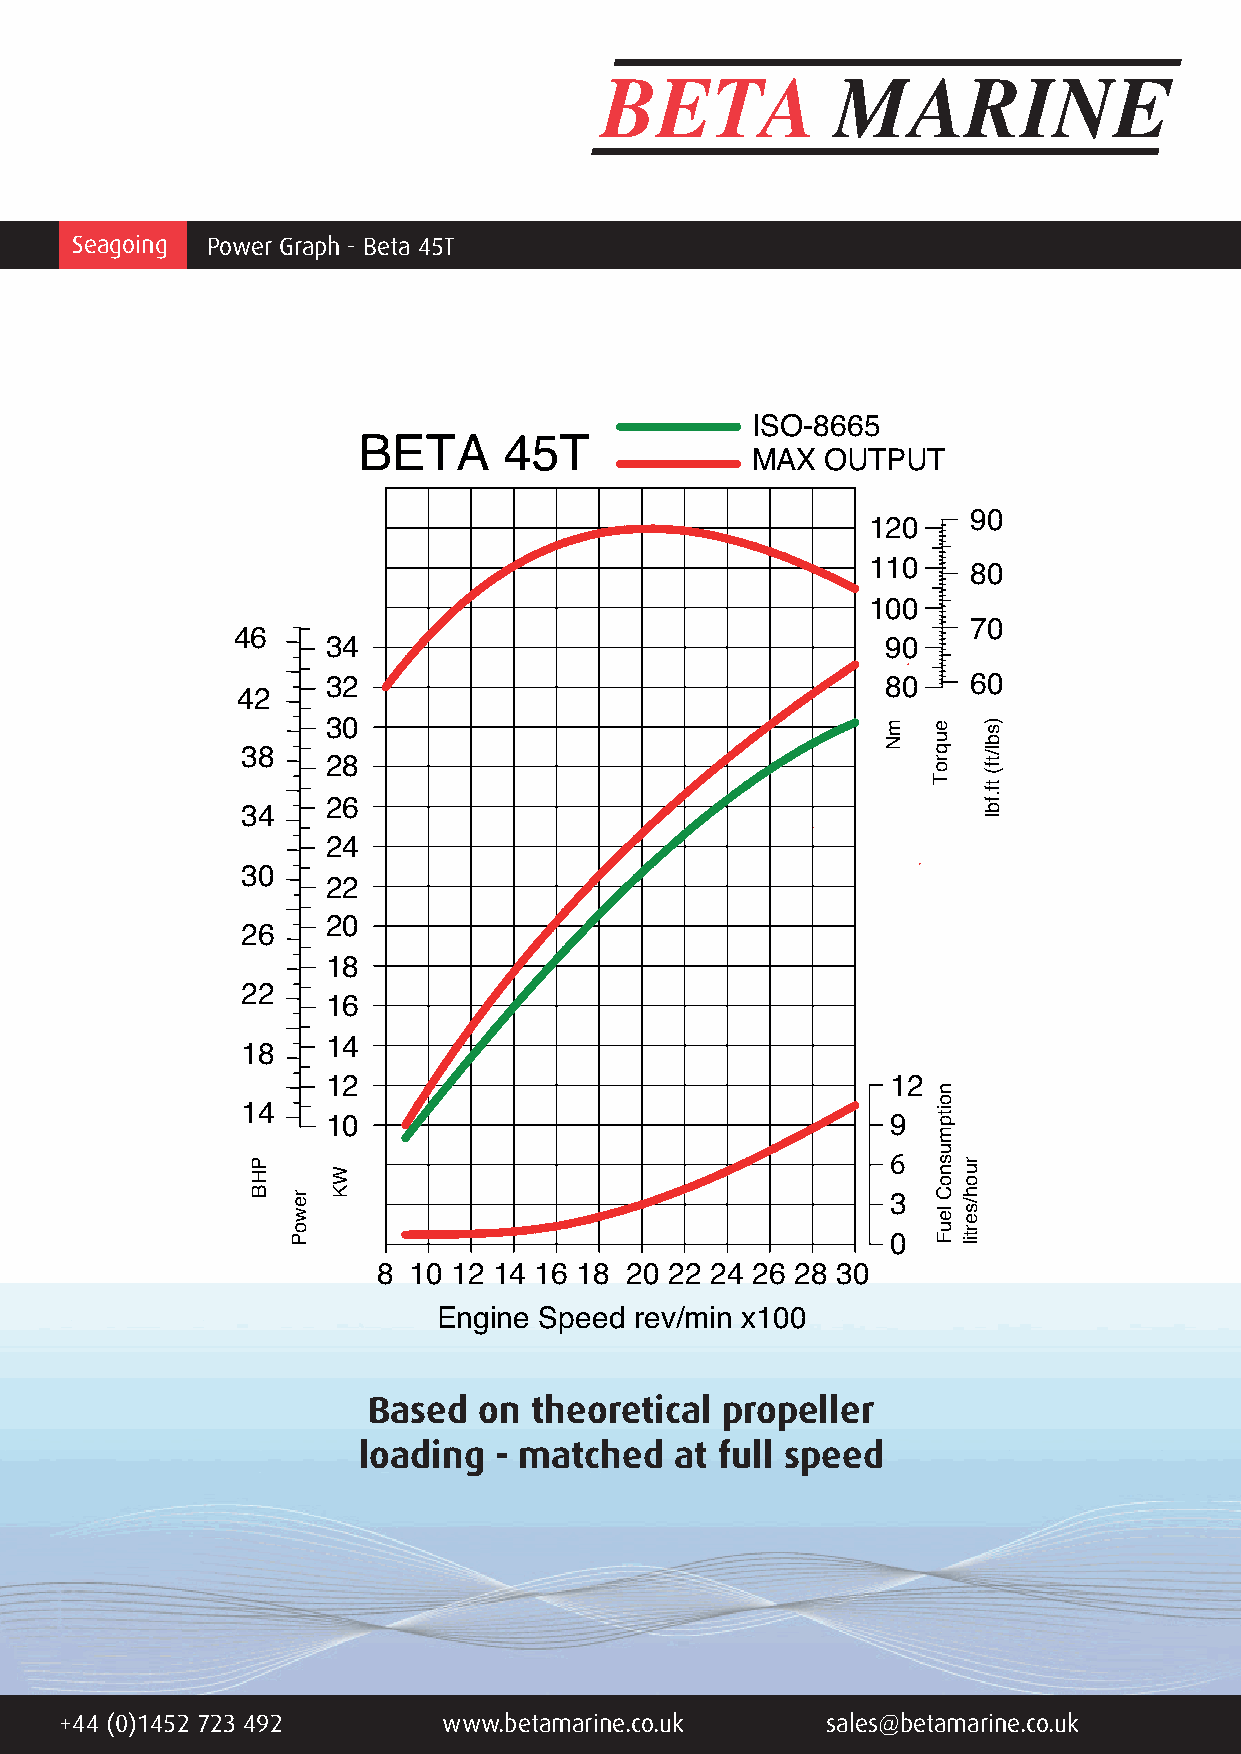
Seagoing Power Graph - Beta 45T
 ISO-8665
 BETA     45T
 MAX  OUTPUT
 90
 120
 110    80
 100
 70
 46
 34                                   90
 32                                   80   60
 42
 30
 38
 28
 26
 34
 24
 30
 22
 20
 26
 18
 22
 16
 14
 18
 12                                   12
 14
 10                                   9
 6
 3
 0
 8 10 12 14 16 18 20 22 24 26 28 30
 Engine Speed rev/min x100
 FUEL COBNaSsUeMd PoTnIO tNh eBoASreEtDic OaNl pTrHoEpOeRllEeTrI CAL
 PROPELLER   LOADING   - MATCHED  AT FULL  SPEED
 loading  - matched   at full speed
 +44 (0)1452 723 492      www.betamarine.co.uk      sales@betamarine.co.uk
 PHB
 rewoP
 WK
 mN euqroT
 noitpmusnoC
 leuF
 ruoh/sertil
 )sbl/tf(
 tf.fbl